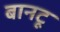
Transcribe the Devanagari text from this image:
बानटू